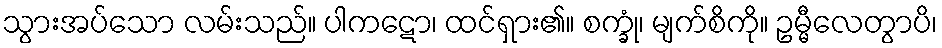
သွားအပ်သော လမ်းသည်။ ပါကဋော၊ ထင်ရှား၏။ စက္ခုံ၊ မျက်စိကို။ ဥမ္မီလေတွာပိ၊